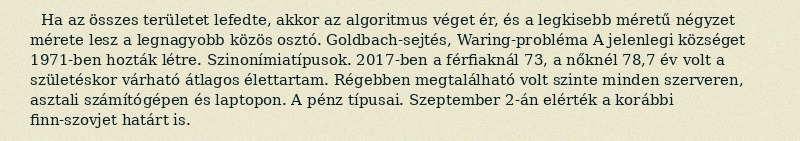
Ha az összes területet lefedte, akkor az algoritmus véget ér, és a legkisebb méretű négyzet mérete lesz a legnagyobb közös osztó. Goldbach-sejtés, Waring-probléma A jelenlegi községet 1971-ben hozták létre. Szinonímiatípusok. 2017-ben a férfiaknál 73, a nőknél 78,7 év volt a születéskor várható átlagos élettartam. Régebben megtalálható volt szinte minden szerveren, asztali számítógépen és laptopon. A pénz típusai. Szeptember 2-án elérték a korábbi finn-szovjet határt is.